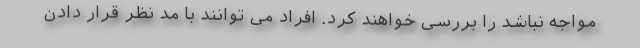
مواجه نباشد را بررسی خواهند کرد. افراد می توانند با مد نظر قرار دادن